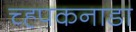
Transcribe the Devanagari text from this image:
च्ह्पकनाडा